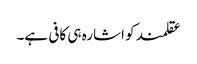
عقلمند کو اشارہ ہی کافی ہے۔